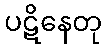
ပဋိနေတု